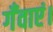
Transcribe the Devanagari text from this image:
गँवाएं।